Lunatic asylums Madras 1877-1891 - 1877-1891
Year: 1877
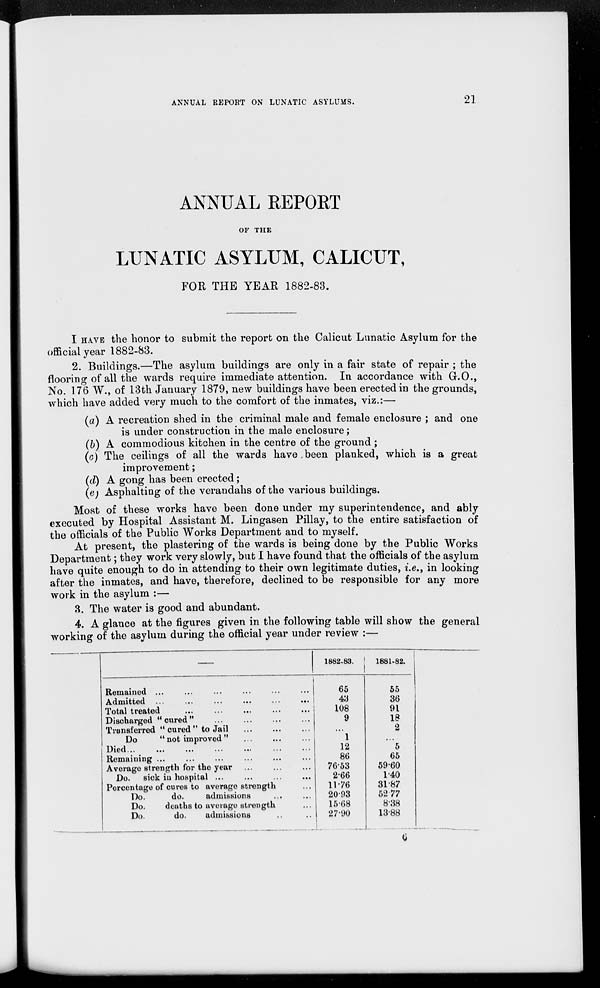
21
ANNUAL REPORT ON LUNATIC ASYLUMS.
ANNUAL REPORT
OF THE
LUNATIC ASYLUM, CALICUT,
FOR THE YEAR 1882-83.
I HAVE the honor to submit the report on the Calicut Lunatic Asylum for the
official year 1882-83.
2. Buildings.—The asylum buildings are only in a fair state of repair ; the
flooring of all the wards require immediate attention. In accordance with G.O.,
No. 176 W., of 13th January 1879, new buildings have been erected in the grounds,
which have added very much to the comfort of the inmates, viz.:—
(a) A recreation shed in the criminal male and female enclosure ; and one
is under construction in the male enclosure;
(b) A commodious kitchen in the centre of the ground ;
(c) The ceilings of all the wards have been planked, which is a great
improvement;
(d) A gong has been erected;
(e) Asphalting of the verandahs of the various buildings.
Most of these works have been done under my superintendence, and ably
executed by Hospital Assistant M. Lingasen Pillay, to the entire satisfaction of
the officials of the Public Works Department and to myself.
At present, the plastering of the wards is being done by the Public Works
Department; they work very slowly, but I have found that the officials of the asylum
have quite enough to do in attending to their own legitimate duties, i.e., in looking
after the inmates, and have, therefore, declined to be responsible for any more
work in the asylum :—
3. The water is good and abundant.
4. A glance at the figures given in the following table will show the general
working of the asylum during the official year under review :—
Remained ... ... ... ... ... ...
Admitted ... ... ... ... ... ...
Total treated ... ... ... ... ...
Discharged "cured" ... ... ... ...
Transferred "cured" to Jail ... ... ...
Do
"not improved " ... ... ...
Died ... ... ... ... ... ... ...
Remaining ... ... ... ... ...
Average strength for the year ... ... ...
Do. sick in hospital ... ... ... ...
Percentage of cures to average strength ...
Do.
do.
admissions ... ...
Do.
deaths to average strength ...
Do.
do.
admissions ... ...
1882-83.
65
43
108
9
...
1
12
86
76.53
2.66
11.76
20.93
15.68
27.90
1881-82.
55
36
91
18
2
...
5
65
59.60
1.40
31.87
52.77
8.38
13.88
6